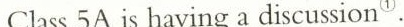
Class 5A is having a discussion ①.